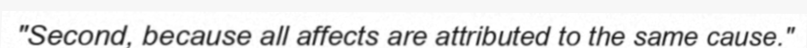
"Second, because all affects are attributed to the same cause."